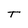
Character: t